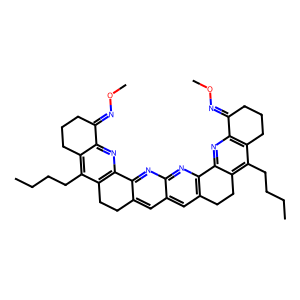
SMILES: CCCCc1c2c(nc3c1CCc1cc4cc5c(nc4nc1-3)-c1nc3c(c(CCCC)c1CC5)CCCC3=NOC)C(=NOC)CCC2
Inhibits HIV replication: No